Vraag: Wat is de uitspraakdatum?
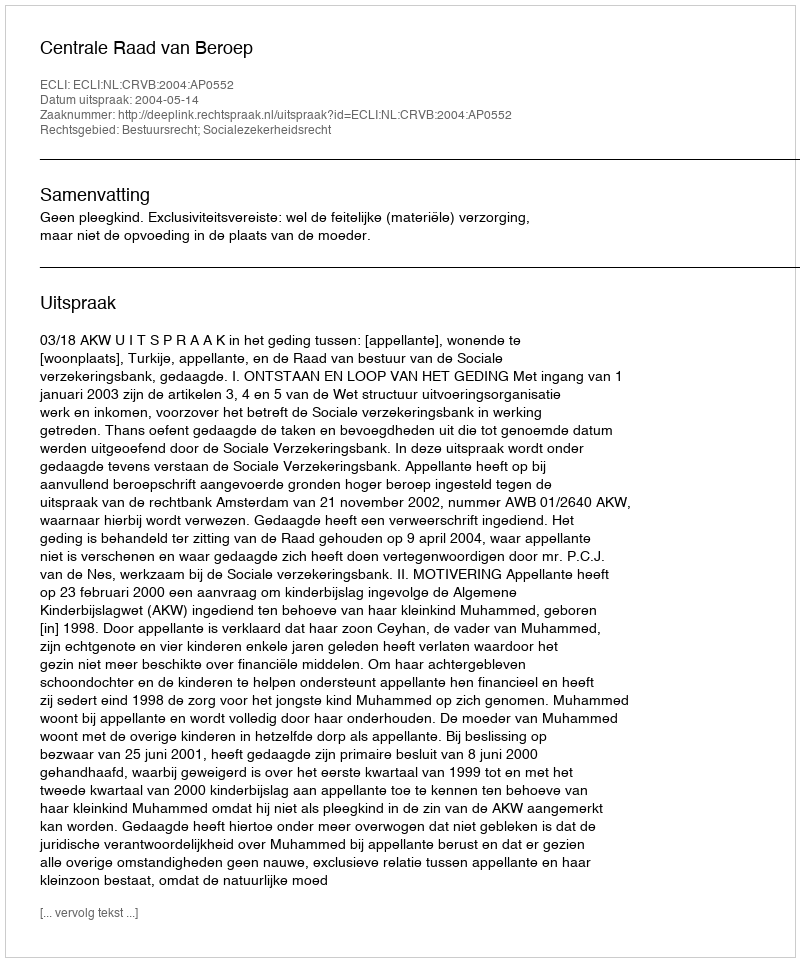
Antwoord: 2004-05-14